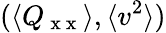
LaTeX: (\langle Q_{\mathrm{~x~x~}}\rangle,\langle v^{2}\rangle)